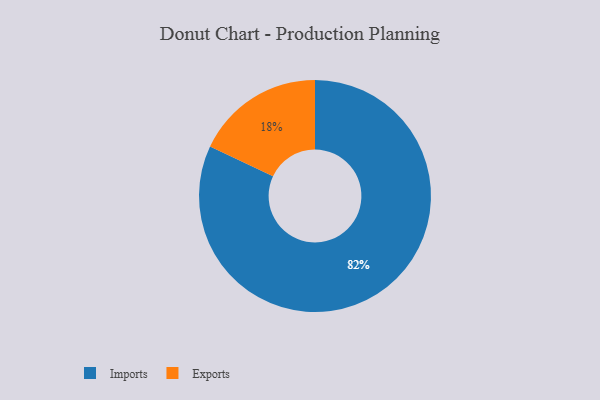
{"axis": {"x": "Category", "y": "Percentage"}, "legend": ["Exports", "Imports"], "data": [{"x": "Imports", "y": 82, "type": "Imports"}, {"x": "Exports", "y": 18, "type": "Exports"}]}